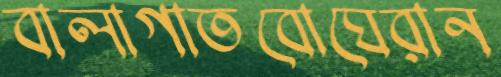
বালাগাতবোঘেরান